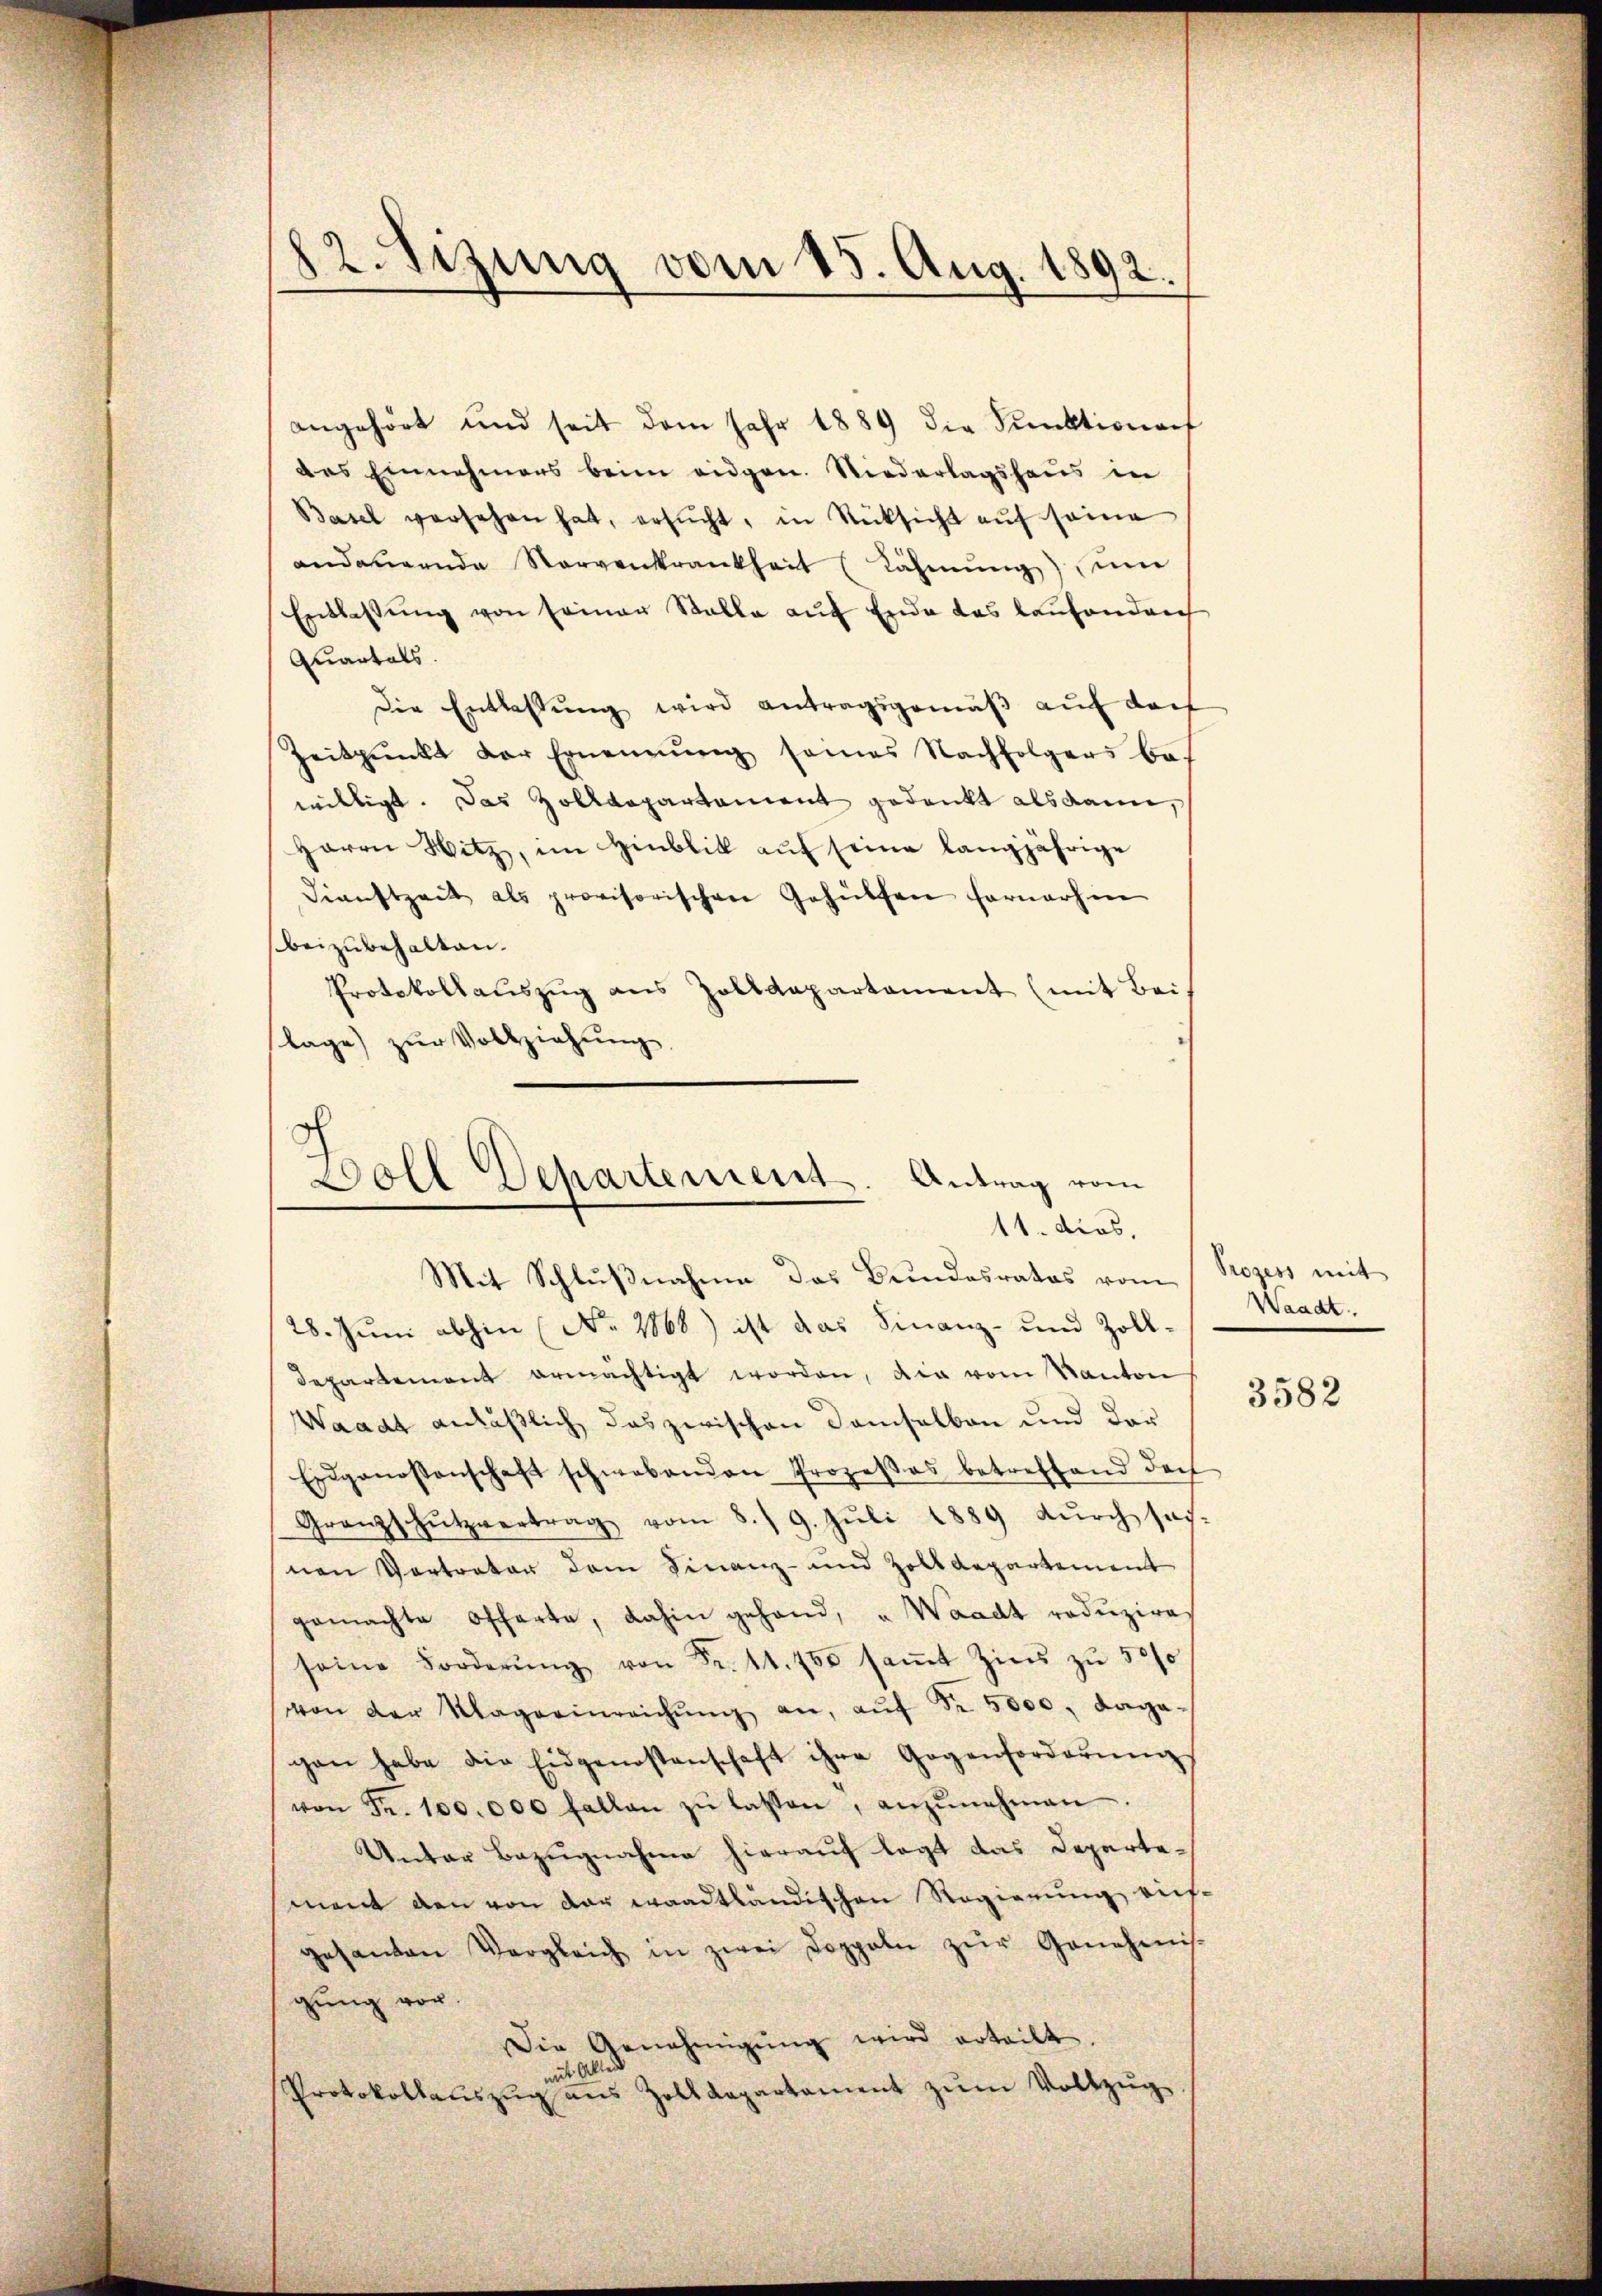
angehört und seit dem Jahr 1889 die Funktionenf
das Einnahmens beim eidgen. Niederlagshaus in
Basel versehen hat, ersŭcht, in Rücksicht aŭf seine
andauernde Nervenkrankheit (Lähmŭng ŭm
Entlassŭng von seiner Stalle aŭf Ende das laufenden
Quartals.
Die Entlassŭng wird antragsgemäβ aŭf doch
Zeitpunkt der Ernennung seines Nachfolgers be-
willigt. Das Zolldepartament gedankt als dann,
Herrn Witz, im Hinblik aŭf seine langjährige
Dienstzeit als provisorischen Gehülfen fernerhin
beizubehalten.
Protokollaŭszŭg ans Zolldepartament (mit Bei-
lage zŭr Vollziehŭng.
28. Juni abhin (No. 1868) ist das Finanz- und Zoll-
departement ermächtigt worden, die vom Kanton
Waadt anläßlich das zwischen Damselben und der
Eidgenossenschaft schwabenden Prozeβas betreffend doch
Granzschützvertrag vom 8./9. Jŭli 1889 dŭrch sas-
nen Vertrator dem Finanz- und Zolldepartement
gemachte Offerte, dahin gehand, u. Waadt reduzire
seine Forderŭng von Fr. 14. 750 saṁt Zins zŭ 50f
von der Magarinreichŭng an, aŭf Fr. 5000, daga-
gen habe die Eidgenossenschaft ihre Gegenforderŭng
von Fr. 100.000 fallen zŭ lassen, anzŭnehmen.
Unter Bezugnahme hierauf legt das Departement den von der waadtländischen Regierung auf-
gesanten Vergleich in zwei Doppeln zŭr Genehmis-
gung vor.
Die Genehmigŭng wird erteilt.
mit Aller
Protokollauszug aus Zolldepartament zŭm Vollzug

12. Sizung vom 15. Aug. 1892.

Doll Departement. Antrag vom
11. dies
Mit Schlußnahme das Bundesrates vom Prozess mit

Waadt.

3582